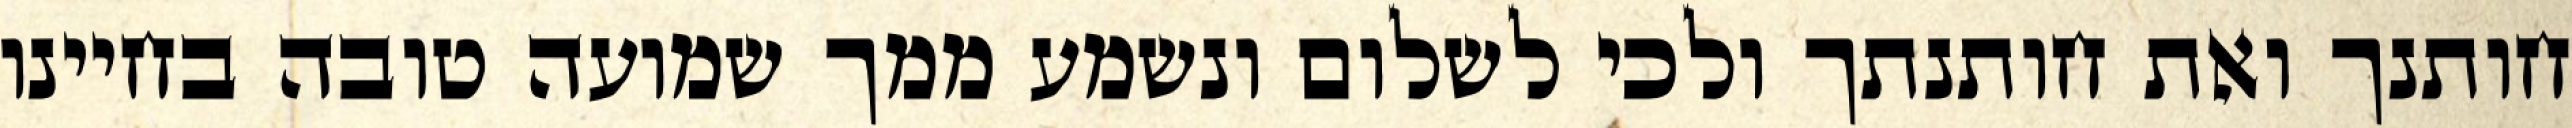
חותנך ואת חותנתך ולכי לשלום ונשמע ממך שמועה טובה בחיינו